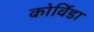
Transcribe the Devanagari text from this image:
कोर्विडा